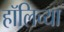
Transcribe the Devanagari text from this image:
हॉलिच्या